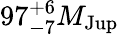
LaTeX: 97_{-7}^{+6}M_{\mathrm{Jup}}